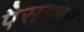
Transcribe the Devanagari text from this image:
पैसाभर